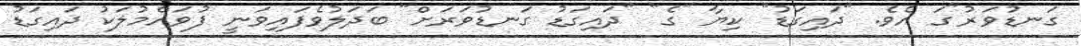
ގަނޑުވަރު"ގަ އެވެ. "ދައިގަޑު" ކިޔާ "ގެ" "ދައިގަޑު ގަނޑުވަރަށް" ބަދަލުވެފައިވަނީ ފުވައްމުލަކު ދައިގަޑު